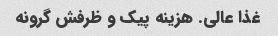
غذا عالی. هزینه پیک و ظرفش گرونه